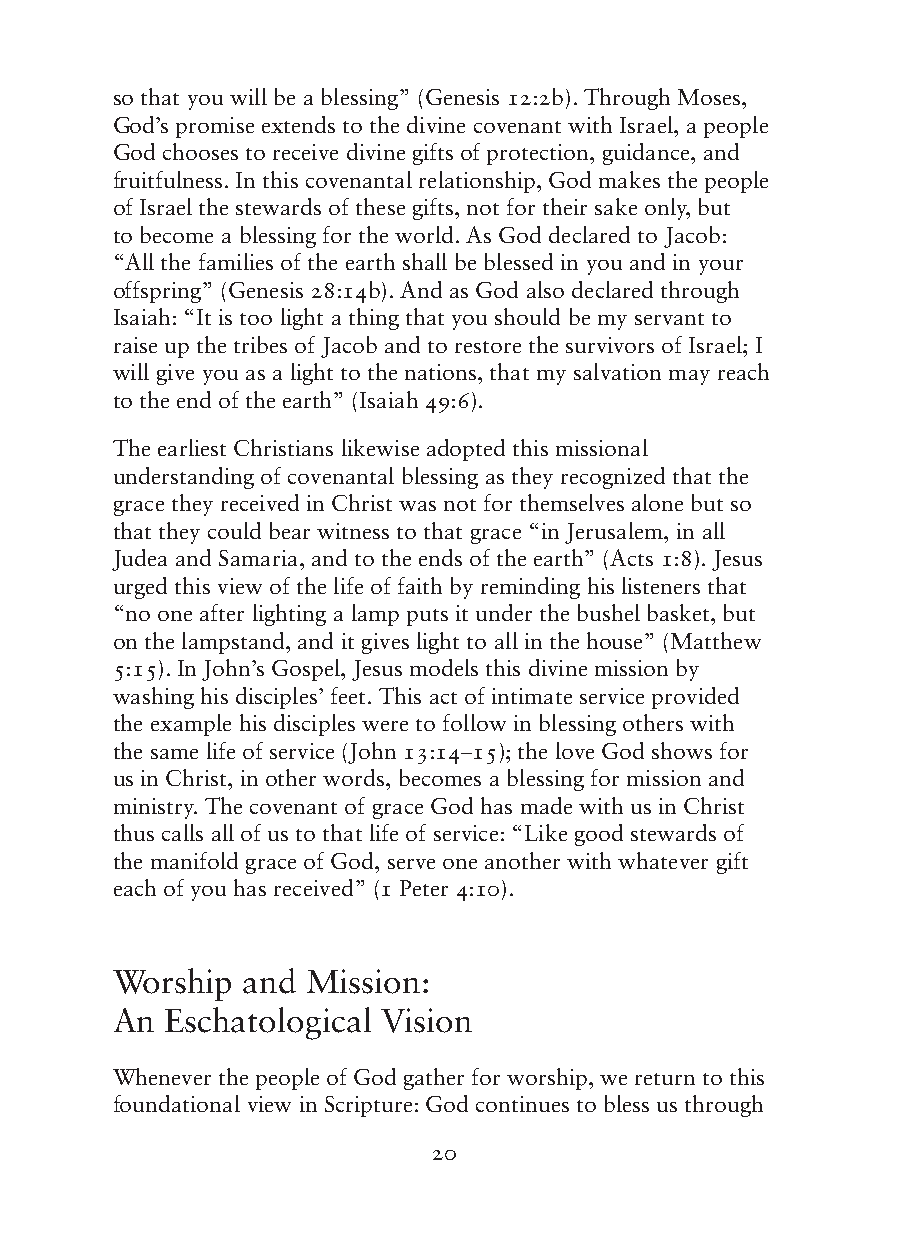
so that you will be a blessing” (Genesis 12:2b). Through Moses,
 God’s promise extends to the divine covenant with Israel, a people
 God chooses to receive divine gifts of protection, guidance, and
 fruitfulness. In this covenantal relationship, God makes the people
 of Israel the stewards of these gifts, not for their sake only, but
 to become a blessing for the world. As God declared to Jacob:
 “All the families of the earth shall be blessed in you and in your
 offspring” (Genesis 28:14b). And as God also declared through
 Isaiah: “It is too light a thing that you should be my servant to
 raise up the tribes of Jacob and to restore the survivors of Israel; I
 will give you as a light to the nations, that my salvation may reach
 to the end of the earth” (Isaiah 49:6).
 The earliest Christians likewise adopted this missional
 understanding of covenantal blessing as they recognized that the
 grace they received in Christ was not for themselves alone but so
 that they could bear witness to that grace “in Jerusalem, in all
 Judea and Samaria, and to the ends of the earth” (Acts 1:8). Jesus
 urged this view of the life of faith by reminding his listeners that
 “no one after lighting a lamp puts it under the bushel basket, but
 on the lampstand, and it gives light to all in the house” (Matthew
 5:15). In John’s Gospel, Jesus models this divine mission by
 washing his disciples’ feet. This act of intimate service provided
 the example his disciples were to follow in blessing others with
 the same life of service (John 13:14–15); the love God shows for
 us in Christ, in other words, becomes a blessing for mission and
 ministry. The covenant of grace God has made with us in Christ
 thus calls all of us to that life of service: “Like good stewards of
 the manifold grace of God, serve one another with whatever gift
 each of you has received” (1 Peter 4:10).
 Worship  and Mission:
 An  Eschatological Vision
 Whenever the people of God gather for worship, we return to this
 foundational view in Scripture: God continues to bless us through
 20